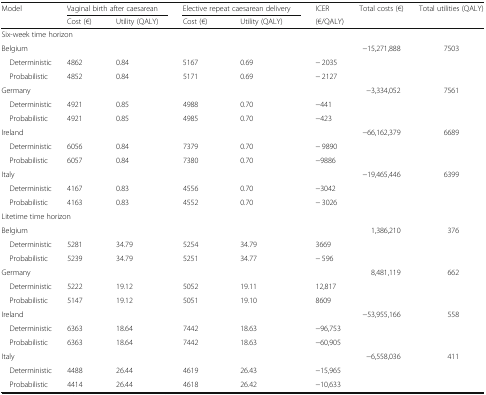
<table><thead><tr><td><b>Model</b></td><td colspan="2"><b>Vaginal birth after caesarean</b></td><td colspan="2"><b>Elective repeat caesarean delivery</b></td><td><b>ICER</b></td><td><b>Total costs (€)</b></td><td><b>Total utilities (QALY)</b></td></tr><tr><td></td><td><b>Cost (€)</b></td><td><b>Utility (QALY)</b></td><td><b>Cost (€)</b></td><td><b>Utility (QALY)</b></td><td><b>(€/QALY)</b></td><td></td><td></td></tr></thead><tbody><tr><td colspan="8">Six-week time horizon</td></tr><tr><td>Belgium</td><td></td><td></td><td></td><td></td><td></td><td>−15,271,888</td><td>7503</td></tr><tr><td> Deterministic</td><td>4862</td><td>0.84</td><td>5167</td><td>0.69</td><td>− 2035</td><td></td><td></td></tr><tr><td> Probabilistic</td><td>4852</td><td>0.84</td><td>5171</td><td>0.69</td><td>− 2127</td><td></td><td></td></tr><tr><td>Germany</td><td></td><td></td><td></td><td></td><td></td><td>−3,334,052</td><td>7561</td></tr><tr><td> Deterministic</td><td>4921</td><td>0.85</td><td>4988</td><td>0.70</td><td>−441</td><td></td><td></td></tr><tr><td> Probabilistic</td><td>4921</td><td>0.85</td><td>4985</td><td>0.70</td><td>−423</td><td></td><td></td></tr><tr><td>Ireland</td><td></td><td></td><td></td><td></td><td></td><td>−66,162,379</td><td>6689</td></tr><tr><td> Deterministic</td><td>6056</td><td>0.84</td><td>7379</td><td>0.70</td><td>− 9890</td><td></td><td></td></tr><tr><td> Probabilistic</td><td>6057</td><td>0.84</td><td>7380</td><td>0.70</td><td>−9886</td><td></td><td></td></tr><tr><td>Italy</td><td></td><td></td><td></td><td></td><td></td><td>−19,465,446</td><td>6399</td></tr><tr><td> Deterministic</td><td>4167</td><td>0.83</td><td>4556</td><td>0.70</td><td>−3042</td><td></td><td></td></tr><tr><td> Probabilistic</td><td>4163</td><td>0.83</td><td>4552</td><td>0.70</td><td>− 3026</td><td></td><td></td></tr><tr><td colspan="8">Litetime time horizon</td></tr><tr><td>Belgium</td><td></td><td></td><td></td><td></td><td></td><td>1,386,210</td><td>376</td></tr><tr><td> Deterministic</td><td>5281</td><td>34.79</td><td>5254</td><td>34.79</td><td>3669</td><td></td><td></td></tr><tr><td> Probabilistic</td><td>5239</td><td>34.79</td><td>5251</td><td>34.77</td><td>− 596</td><td></td><td></td></tr><tr><td>Germany</td><td></td><td></td><td></td><td></td><td></td><td>8,481,119</td><td>662</td></tr><tr><td> Deterministic</td><td>5222</td><td>19.12</td><td>5052</td><td>19.11</td><td>12,817</td><td></td><td></td></tr><tr><td> Probabilistic</td><td>5147</td><td>19.12</td><td>5051</td><td>19.10</td><td>8609</td><td></td><td></td></tr><tr><td>Ireland</td><td></td><td></td><td></td><td></td><td></td><td>−53,955,166</td><td>558</td></tr><tr><td> Deterministic</td><td>6363</td><td>18.64</td><td>7442</td><td>18.63</td><td>−96,753</td><td></td><td></td></tr><tr><td> Probabilistic</td><td>6363</td><td>18.64</td><td>7442</td><td>18.63</td><td>−60,905</td><td></td><td></td></tr><tr><td>Italy</td><td></td><td></td><td></td><td></td><td></td><td>−6,558,036</td><td>411</td></tr><tr><td> Deterministic</td><td>4488</td><td>26.44</td><td>4619</td><td>26.43</td><td>−15,965</td><td></td><td></td></tr><tr><td> Probabilistic</td><td>4414</td><td>26.44</td><td>4618</td><td>26.42</td><td>−10,633</td><td></td><td></td></tr></tbody></table>